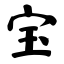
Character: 宝